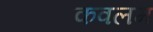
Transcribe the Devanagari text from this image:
कवलम